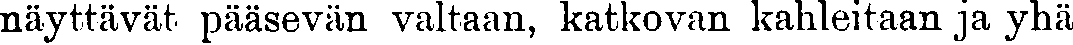
näyttävät pääsevän valtaan, katkovan kahleitaan ja yhä